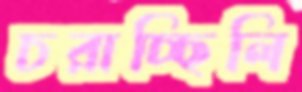
চরাচ্ছিলি